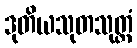
ဒုတိယသုတသုတ္တံ